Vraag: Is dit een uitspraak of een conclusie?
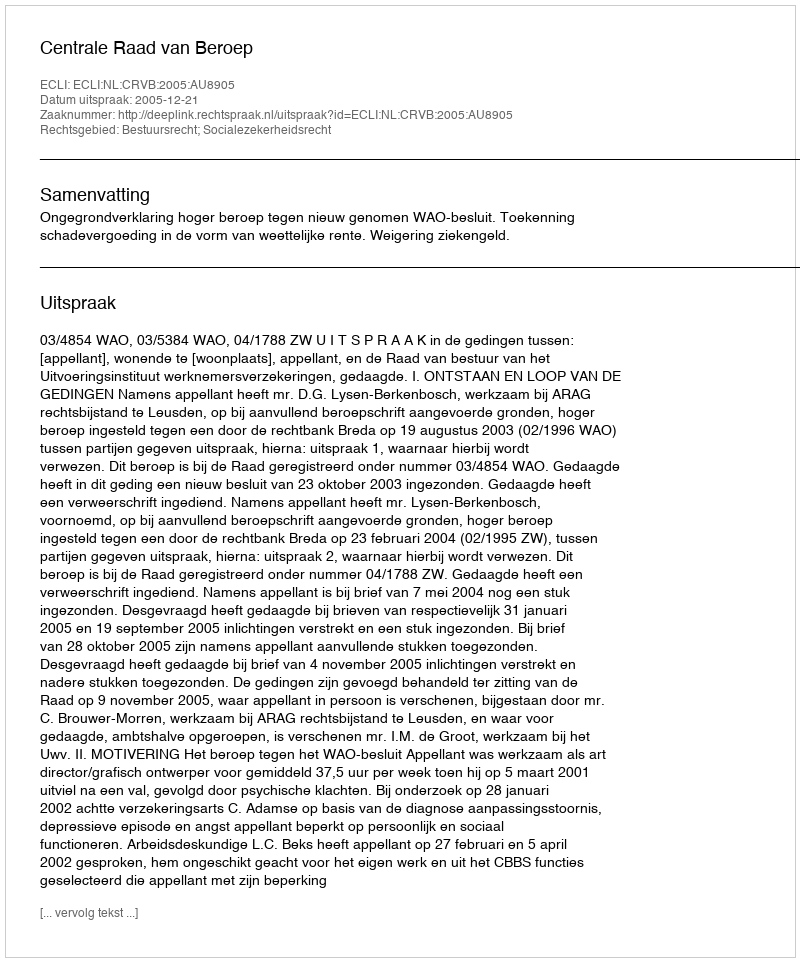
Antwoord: Uitspraak